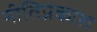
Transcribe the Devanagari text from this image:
नीतिप्रकाश